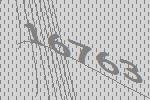
16763